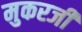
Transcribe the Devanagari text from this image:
मुकरजी